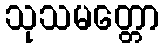
သုသမတ္တော